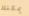
يمكنك